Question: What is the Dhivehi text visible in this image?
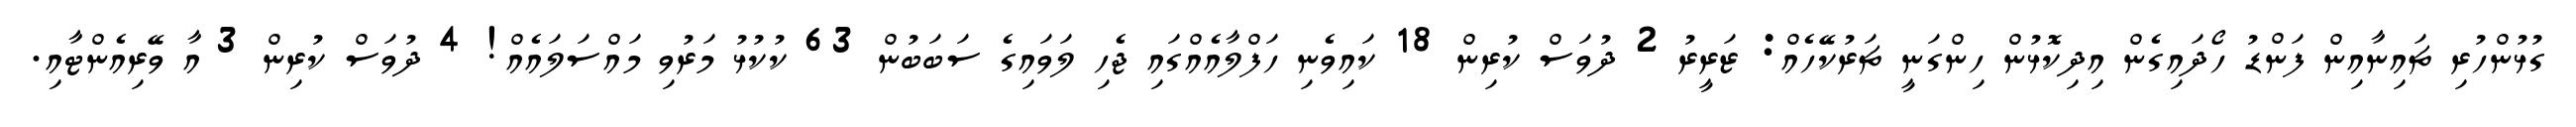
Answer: ގުޅުންހުރި ޗައިނާއިން ފަންޑު ހޯދައިގެން އިދިކޮޅުން ހިންގަނީ ޗަރުކޭހެއް: ޒަރީރު 2 ދުވަސް ކުރިން 18 ކައިވެނި ހަފްލާއެއްގައި ޖެހި ލަވައިގެ ސަބަބުން 63 ކުކުޅު މަރުވި މައްސަލައެއް! 4 ދުވަސް ކުރިން 3 އާ ވޭރިއެންޓާއި.